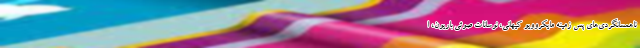
ناهمسانگردی‌های پس زمینه مایکروویو کیهانی، نوسانات صوتی باریون، ا